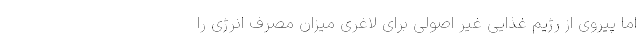
اما پیروی از رژیم غذایی غیر اصولی برای لاغری میزان مصرف انرژی را